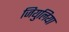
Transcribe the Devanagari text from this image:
जियुलिया